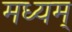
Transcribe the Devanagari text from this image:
मध्यम्